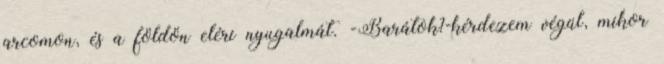
arcomon, és a földön eléri nyugalmát. -Barátok?-kérdezem végül, mikor